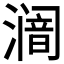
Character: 𱨿